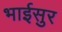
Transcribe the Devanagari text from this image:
भाईसुर